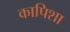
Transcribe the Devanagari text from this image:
कापिशा